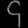
Digit: ၄